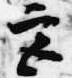
宮